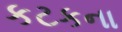
કટકના